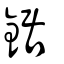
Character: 鋸